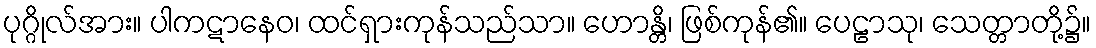
ပုဂ္ဂိုလ်အား။ ပါကဋာနေဝ၊ ထင်ရှားကုန်သည်သာ။ ဟောန္တိ၊ ဖြစ်ကုန်၏။ ပေဠာသု၊ သေတ္တာတို့၌။